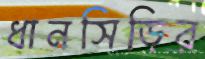
ধানসিড়ির